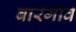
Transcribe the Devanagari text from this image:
बारगाव